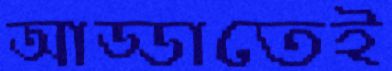
আড্ডাতেই